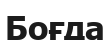
Боғда